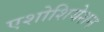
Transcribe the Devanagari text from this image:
एशोशियेशन